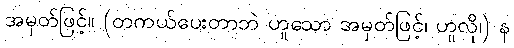
အမှတ်ဖြင့်။ (တကယ်ပေးတာဘဲ ဟူသော အမှတ်ဖြင့်၊ ဟူလို၊) န